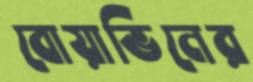
বোয়াভিনের